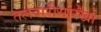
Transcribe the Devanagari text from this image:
तलवारीसारखा